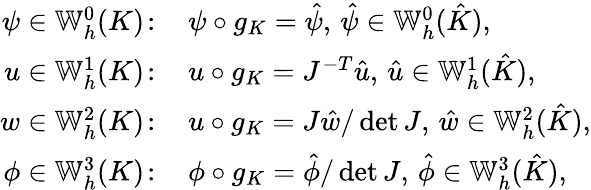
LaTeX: \begin{array}{rl}{\psi\in\mathbb{W}_{h}^{0}(K)\! :\, }&{\psi\circ g_{K}=\hat{\psi},\, \hat{\psi}\in\mathbb{W}_{h}^{0}(\hat{K}),}\\ {u\in\mathbb{W}_{h}^{1}(K)\! :\, }&{u\circ g_{K}=J^{-T}\hat{u},\, \hat{u}\in\mathbb{W}_{h}^{1}(\hat{K}),}\\ {w\in\mathbb{W}_{h}^{2}(K)\! :\, }&{u\circ g_{K}=J\hat{w}/\operatorname*{det}J,\, \hat{w}\in\mathbb{W}_{h}^{2}(\hat{K}),}\\ {\phi\in\mathbb{W}_{h}^{3}(K)\! :\, }&{\phi\circ g_{K}=\hat{\phi}/\operatorname*{det}J,\, \hat{\phi}\in\mathbb{W}_{h}^{3}(\hat{K}),}\end{array}